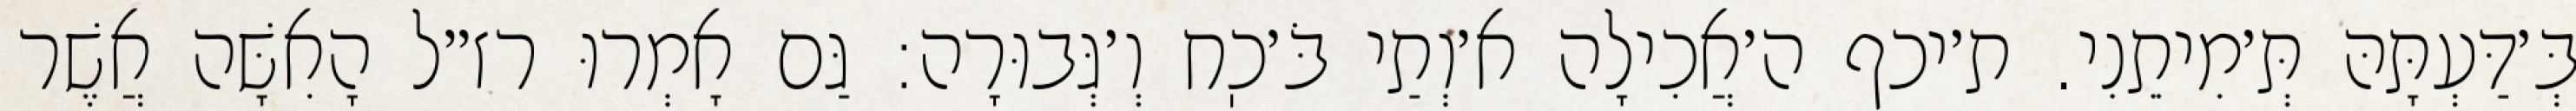
בְּ׳דַּעְתָּהּ תְּ׳מִיתֵנִי. ת׳יכף ה׳אֲכִילָה א׳וְתַי בֹּ׳כֽח וְ׳גְּבוּרָה: גַּם אָמְרוּ רז״ל הָאִשָּׁה אֲשֶׁר